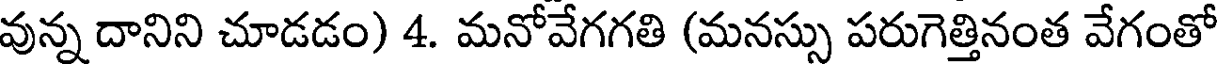
వున్న దానిని చూడడం) 4. మనోవేగగతి (మనస్సు పరుగెత్తినంత వేగంతో